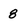
Character: 8